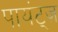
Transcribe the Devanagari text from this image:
पायंट्ज़